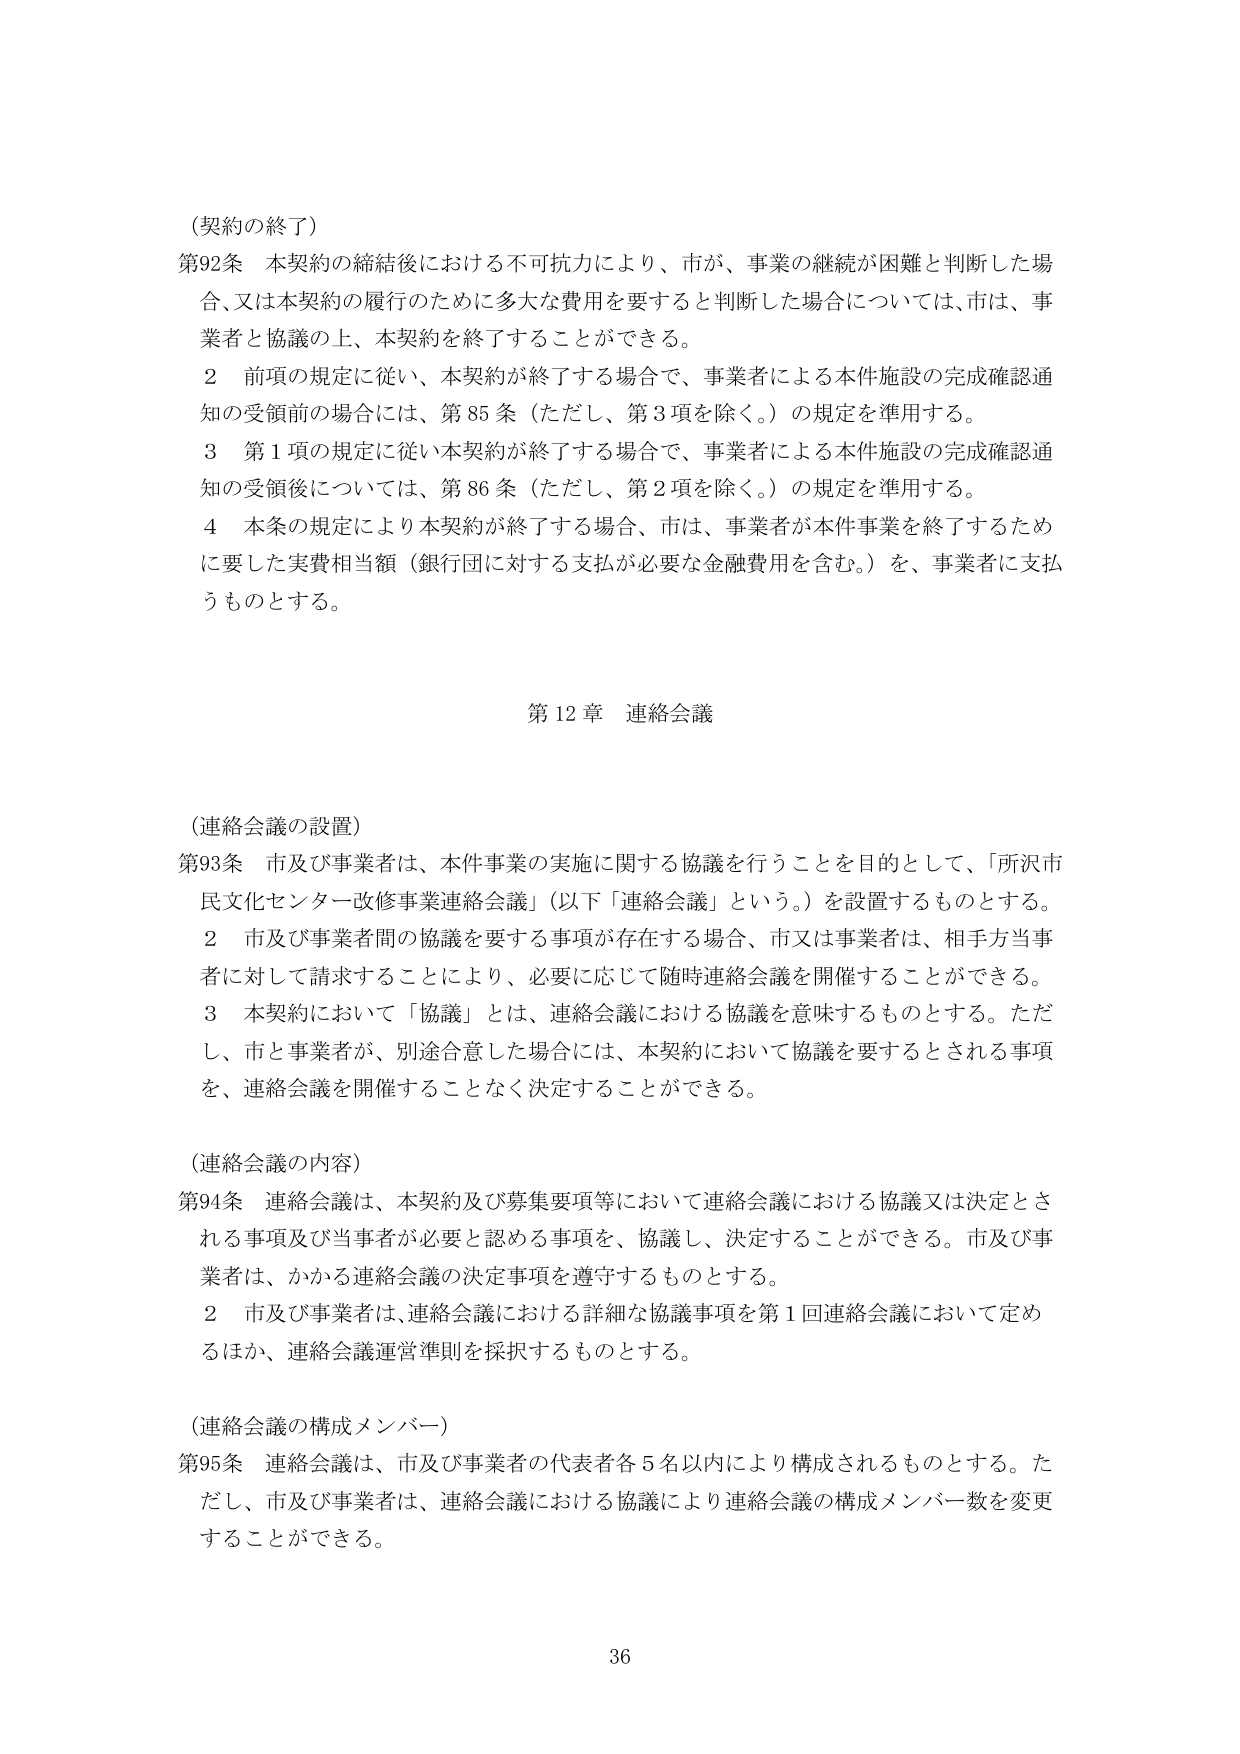
（契約の終了）

第92条 本契約の締結後における不可抗力により、市が、事業の継続が困難と判断した場合、又は本契約の履行のために多大な費用を要すると判断した場合については、市は、事業者と協議の上、本契約を終了することができる。

２ 前項の規定に従い、本契約が終了する場合で、事業者による本件施設の完成確認通知の受領前の場合には、第85条（ただし、第3項を除く。）の規定を準用する。

３ 第1項の規定に従い本契約が終了する場合で、事業者による本件施設の完成確認通知の受領後については、第86条（ただし、第2項を除く。）の規定を準用する。

４ 本条の規定により本契約が終了する場合、市は、事業者が本件事業を終了するために要した実費相当額（銀行団に対する支払が必要な金融費用を含む。）を、事業者に支払うものとする。

第12章 連絡会議

（連絡会議の設置）

第93条 市及び事業者は、本件事業の実施に関する協議を行うことを目的として、「所沢市民文化センター改修事業連絡会議」（以下「連絡会議」という。）を設置するものとする。

２ 市及び事業者間の協議を要する事項が存在する場合、市又は事業者は、相手方当事者に対して請求することにより、必要に応じて随時連絡会議を開催することができる。

３ 本契約において「協議」とは、連絡会議における協議を意味するものとする。ただし、市と事業者が、別途合意した場合には、本契約において協議を要するとされる事項を、連絡会議を開催することなく決定することができる。

（連絡会議の内容）

第94条 連絡会議は、本契約及び募集要項等において連絡会議における協議又は決定される事項及び当事者が必要と認める事項を、協議し、決定することができる。市及び事業者は、かかる連絡会議の決定事項を遵守するものとする。

２ 市及び事業者は、連絡会議における詳細な協議事項を第1回連絡会議において定めるほか、連絡会議運営準則を採択するものとする。

（連絡会議の構成メンバー）

第95条 連絡会議は、市及び事業者の代表者各5名以内により構成されるものとする。ただし、市及び事業者は、連絡会議における協議により連絡会議の構成メンバー数を変更することができる。

36